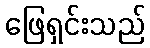
ဖြေရှင်းသည်